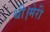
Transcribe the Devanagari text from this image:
थी।मेरी